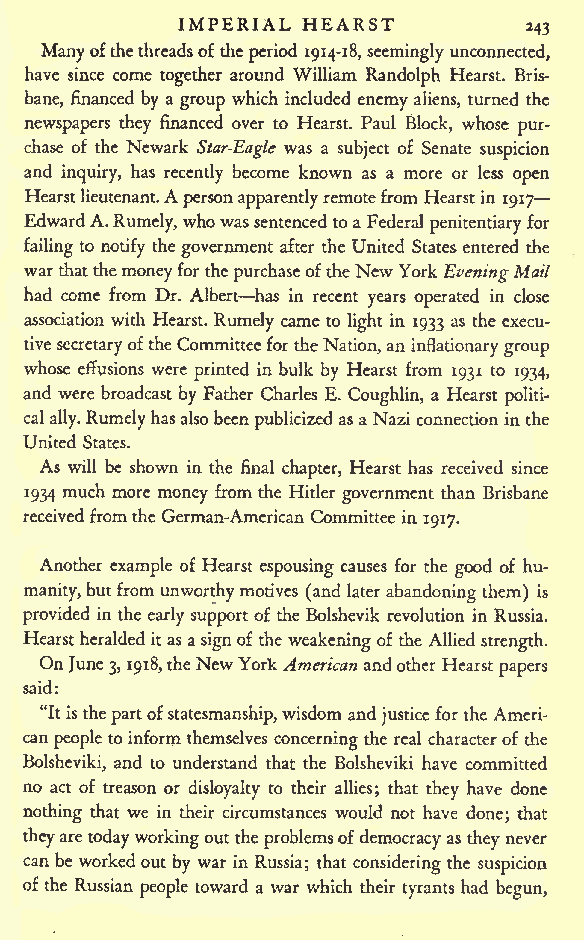
IMPERIAL HEARST
 243
 Manyofthethreadsofthe period 1914-18, seeminglyunconnected,
 have since come together around William Randolph Hearst. Bris-
 bane, financed by a group which included enemy aliens, turned the
 newspapers they financed over to Hearst. Paul Block, whose pur-
 chase of the Newark Star-Eagle was a subject of Senate suspicion
 and inquiry, has recently become known as a more or less open
 A
 Hearstlieutenant. personapparentlyremotefromHearstin 1917
 EdwardA.Rumely,whowassentenced toa Federal penitentiary for
 failing to notify the government after the United Statesentered the
 warthatthemoneyforthepurchaseoftheNewYorkEveningMail
 had come from Dr. Albert has in recent years operated in close
 association with Hearst. Rumely came to light in 1933 as the execu-
 tivesecretaryofthe CommitteefortheNation,an inflationarygroup
 whose effusions were printed in bulk by Hearst from 1931 to 1934,
 and were broadcast by Father Charles E. Coughlin, a Hearst politi-
 calally.Rumelyhasalsobeen publicizedas aNazi connection inthe
 United States.
 As will be shown in the final chapter, Hearst has received since
 1934 much more money from the Hitler government than Brisbane
 receivedfromthe German-American Committee in 1917.
 Another example of Hearst espousing causes for the good of hu-
 manity,butfrom unworthymotives (and later abandoning them) is
 provided in the early support of the Bolshevik revolution in Russia.
 Hearstheralded itas asignof the weakeningof the Allied strength.
 On June3, 1918,theNewYorkAmerican andother Hearst papers
 said:
 "Itisthepartofstatesmanship,wisdom and justice for the Ameri-
 can people to inform themselves concerningthe real characterof the
 Bolsheviki, and to understand that the Bolsheviki have committed
 no act of treason or disloyalty to their allies; that they have done
 nothing that we in their circumstances would not have done; that
 theyaretodayworkingout the problemsof democracyas theynever
 can be workedout by war in Russia; that considering the suspicion
 ofthe Russian people toward a war which their tyrants had begun,